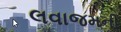
લવાજમની